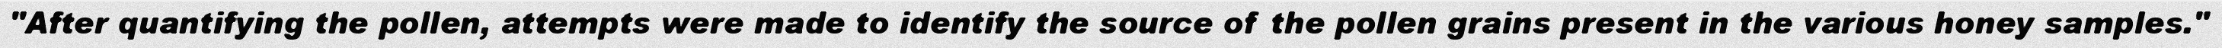
"After quantifying the pollen, attempts were made to identify the source of the pollen grains present in the various honey samples."